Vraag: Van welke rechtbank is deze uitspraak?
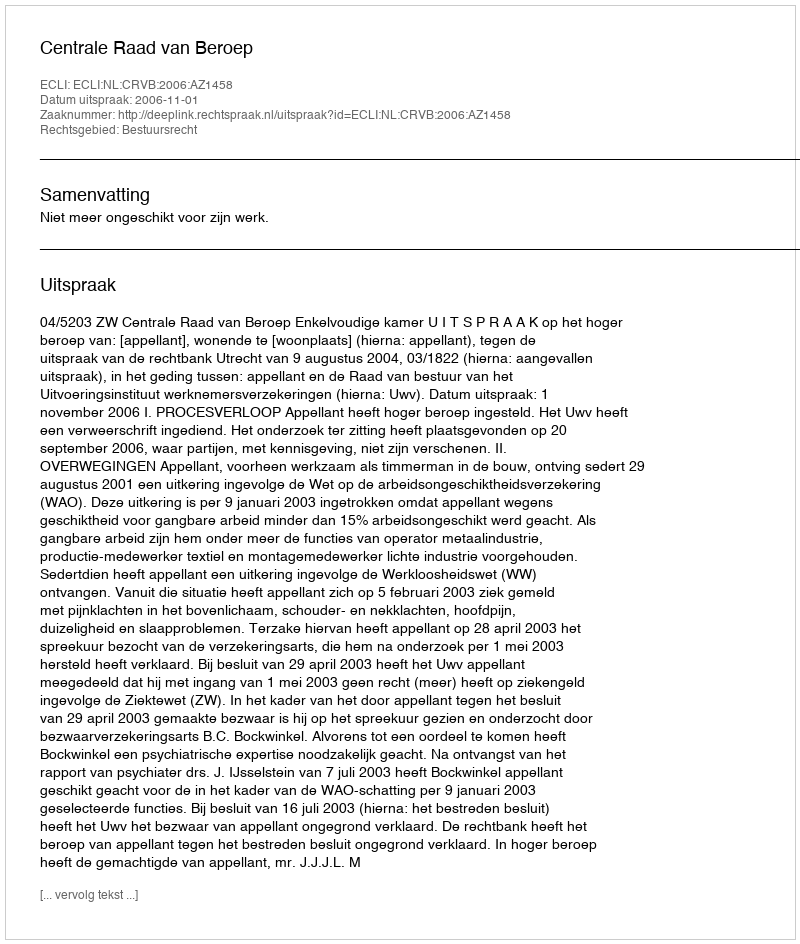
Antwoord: Centrale Raad van Beroep